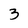
Character: 3